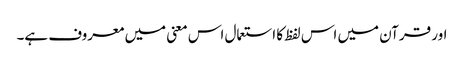
اور قرآن میں اس لفظ کا استعمال اس معنی میں معروف ہے۔